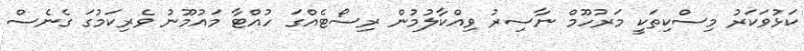
ކަޅުވަކަރު މިސްކިތަކީ މަރުހޫމް ނާސިރު ވިއްކާލުމުން ރިސޯޓެއްގަ ހުއްޓާ މައުމޫނު ވެރިކަމުގަ ގެނެސް